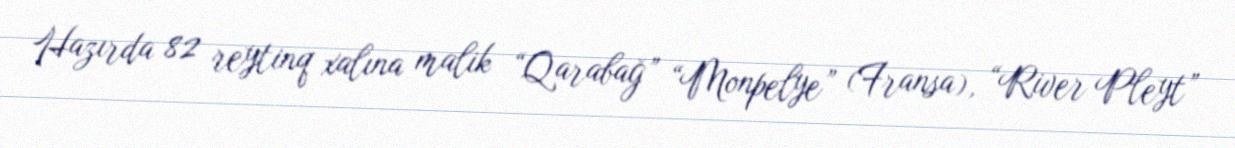
Hazırda 82 reytinq xalına malik “Qarabağ” “Monpelye” (Fransa), “River Pleyt”